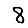
Digit: 8